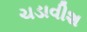
ચડાવીશ